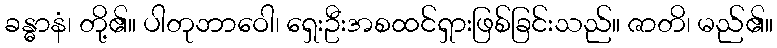
ခန္ဓာနံ၊ တို့၏။ ပါတုဘာဝေါ၊ ရှေးဦးအစထင်ရှားဖြစ်ခြင်းသည်။ ဇာတိ၊ မည်၏။